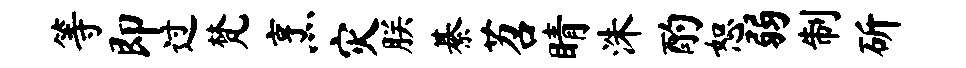
等即过梵烹灾朕綦苕睛洙酌恕弱制斫